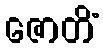
ဇောတိံ